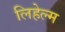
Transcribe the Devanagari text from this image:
लिहेल्म